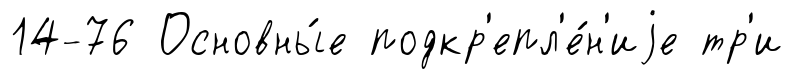
14-76 Основны́е подкр'епл'е́н'иjе тр'и